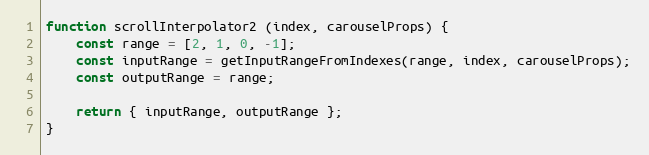
Language: JavaScript
function scrollInterpolator2 (index, carouselProps) {
    const range = [2, 1, 0, -1];
    const inputRange = getInputRangeFromIndexes(range, index, carouselProps);
    const outputRange = range;

    return { inputRange, outputRange };
}